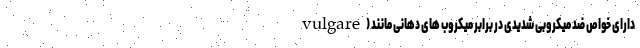
vulgare) دارای خواص ضد میکروبی شدیدی در برابر میکروب های دهانی مانند